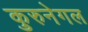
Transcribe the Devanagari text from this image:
कुरुनेगल